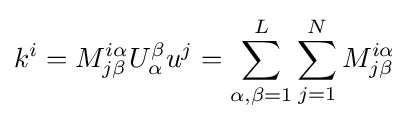
k^{i}=M_{j\beta }^{i\alpha }U_{\alpha }^{\beta }u^{j}=\sum _{\alpha ,\beta =1}^{L}\sum _{j=1}^{N}M_{j\beta }^{i\alpha }